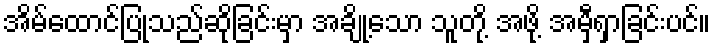
အိမ်ထောင်ပြုသည်ဆိုခြင်းမှာ အချို့သော သူတို့ အဖို့ အမှီရှာခြင်းပင်။